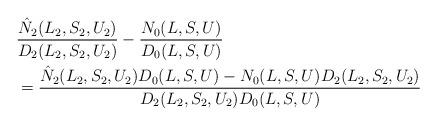
LaTeX: \begin{align*}& \frac{\hat{N}_2(L_2,S_2,U_2)}{D_2(L_2,S_2,U_2)}-\frac{N_0(L,S,U)}{D_0(L,S,U)}\\&=\frac{\hat{N}_2(L_2,S_2,U_2)D_0(L,S,U)-N_0(L,S,U)D_2(L_2,S_2,U_2)}{D_2(L_2,S_2,U_2)D_0(L,S,U)}\end{align*}